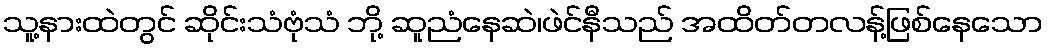
သူ့နားထဲတွင် ဆိုင်းသံဗုံသံ ဘို့ ဆူညံနေဆဲ၊ဖဲင်နီသည် အထိတ်တလန့်ဖြစ်နေသော